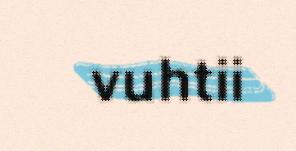
vuhtii